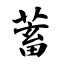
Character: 蓄